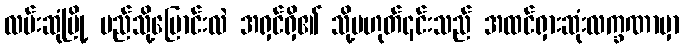
လမ်းဆုံမြို့ မည်သို့ပြောင်းလဲ အရှင်ရှိ၏ သို့မဟုတ်၎င်းသည် အထင်ရှားဆုံးလက္ခဏာမှာ